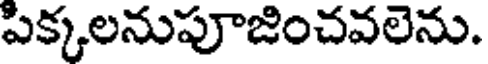
పిక్కలనుపూజించవలెను.